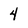
Character: 4